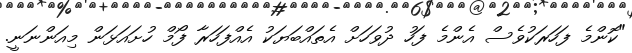
"ކޮންމެ ފަހަރަކުވެސް އެންމެ ފަހު ދުވަހަށް އެތައްބަޔަކު އެއްފަހަރާ ފޯމް ހުށައަޅަން މިއަންނަނީ.